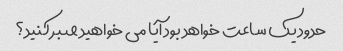
حدود یک ساعت خواهد بود آیا می خواهید صبر کنید؟